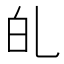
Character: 癿